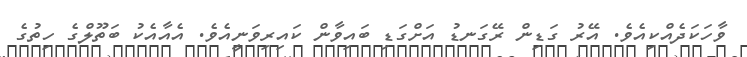
ވާހަކަދެއްކިއެވެ. އޭރު ގަޑިން ރޭގަނޑު އަށްގަޑި ބައިވާން ކައިރިވަނީއެވެ. އެއާއެކު ބަތޫލްގެ ހިތުގެ